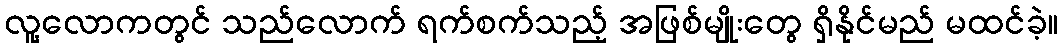
လူ့လောကတွင် သည်လောက် ရက်စက်သည့် အဖြစ်မျိုးတွေ ရှိနိုင်မည် မထင်ခဲ့။